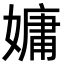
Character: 嫞